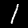
Digit: 1